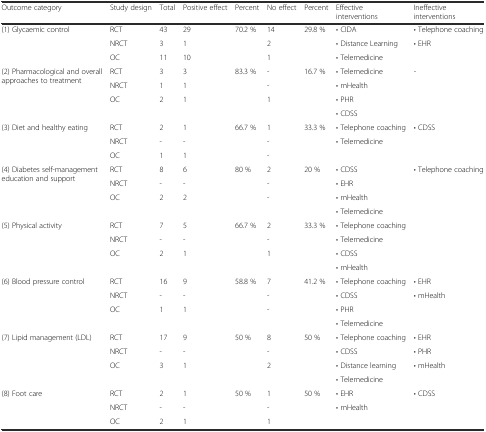
<table><thead><tr><td><b>Outcome category</b></td><td><b>Study design</b></td><td><b>Total</b></td><td><b>Positive effect</b></td><td><b>Percent</b></td><td><b>No effect</b></td><td><b>Percent</b></td><td><b>Effective interventions</b></td><td><b>Ineffective interventions</b></td></tr></thead><tbody><tr><td rowspan="3">(1) Glycaemic control</td><td>RCT</td><td>43</td><td>29</td><td>70.2 %</td><td>14</td><td>29.8 %</td><td>• CIDA</td><td>• Telephone coaching</td></tr><tr><td>NRCT</td><td>3</td><td>1</td><td></td><td>2</td><td></td><td>• Distance Learning</td><td rowspan="2">• EHR</td></tr><tr><td>OC</td><td>11</td><td>10</td><td></td><td>1</td><td></td><td>• Telemedicine</td></tr><tr><td rowspan="4">(2) Pharmacological and overall approaches to treatment</td><td>RCT</td><td>3</td><td>3</td><td>83.3 %</td><td>-</td><td>16.7 %</td><td>• Telemedicine</td><td rowspan="4">-</td></tr><tr><td>NRCT</td><td>1</td><td>1</td><td></td><td>-</td><td></td><td>• mHealth</td></tr><tr><td rowspan="2">OC</td><td rowspan="2">2</td><td rowspan="2">1</td><td rowspan="2"></td><td rowspan="2">1</td><td rowspan="2"></td><td>• PHR</td></tr><tr><td>• CDSS</td></tr><tr><td rowspan="3">(3) Diet and healthy eating</td><td>RCT</td><td>2</td><td>1</td><td>66.7 %</td><td>1</td><td>33.3 %</td><td>• Telephone coaching</td><td rowspan="3">• CDSS</td></tr><tr><td>NRCT</td><td>-</td><td>-</td><td></td><td>-</td><td rowspan="2"></td><td rowspan="2">• Telemedicine</td></tr><tr><td>OC</td><td>1</td><td>1</td><td></td><td>-</td></tr><tr><td rowspan="4">(4) Diabetes self-management education and support</td><td>RCT</td><td>8</td><td>6</td><td>80 %</td><td>2</td><td>20 %</td><td>• CDSS</td><td rowspan="4">• Telephone coaching</td></tr><tr><td>NRCT</td><td>-</td><td>-</td><td></td><td>-</td><td></td><td>• EHR</td></tr><tr><td rowspan="2">OC</td><td rowspan="2">2</td><td rowspan="2">2</td><td rowspan="2"></td><td rowspan="2">-</td><td rowspan="2"></td><td>• mHealth</td></tr><tr><td>• Telemedicine</td></tr><tr><td rowspan="4">(5) Physical activity</td><td>RCT</td><td>7</td><td>5</td><td>66.7 %</td><td>2</td><td>33.3 %</td><td>• Telephone coaching</td><td rowspan="4"></td></tr><tr><td>NRCT</td><td>-</td><td>-</td><td></td><td>-</td><td></td><td>• Telemedicine</td></tr><tr><td rowspan="2">OC</td><td rowspan="2">2</td><td rowspan="2">1</td><td rowspan="2"></td><td rowspan="2">1</td><td rowspan="2"></td><td>• CDSS</td></tr><tr><td>• mHealth</td></tr><tr><td rowspan="4">(6) Blood pressure control</td><td>RCT</td><td>16</td><td>9</td><td>58.8 %</td><td>7</td><td>41.2 %</td><td>• Telephone coaching</td><td>• EHR</td></tr><tr><td>NRCT</td><td>-</td><td>-</td><td></td><td>-</td><td></td><td>• CDSS</td><td rowspan="3">• mHealth</td></tr><tr><td rowspan="2">OC</td><td rowspan="2">1</td><td rowspan="2">1</td><td rowspan="2"></td><td rowspan="2">-</td><td rowspan="2"></td><td>• PHR</td></tr><tr><td>• Telemedicine</td></tr><tr><td rowspan="4">(7) Lipid management (LDL)</td><td>RCT</td><td>17</td><td>9</td><td>50 %</td><td>8</td><td>50 %</td><td>• Telephone coaching</td><td>• EHR</td></tr><tr><td>NRCT</td><td>-</td><td>-</td><td></td><td>-</td><td></td><td>• CDSS</td><td>• PHR</td></tr><tr><td rowspan="2">OC</td><td rowspan="2">3</td><td rowspan="2">1</td><td rowspan="2"></td><td rowspan="2">2</td><td rowspan="2"></td><td>• Distance learning</td><td rowspan="2">• mHealth</td></tr><tr><td>• Telemedicine</td></tr><tr><td rowspan="3">(8) Foot care</td><td>RCT</td><td>2</td><td>1</td><td>50 %</td><td>1</td><td>50 %</td><td>• EHR</td><td rowspan="3">• CDSS</td></tr><tr><td>NRCT</td><td>-</td><td>-</td><td></td><td>-</td><td></td><td rowspan="2">• mHealth</td></tr><tr><td>OC</td><td>2</td><td>1</td><td></td><td>1</td><td></td></tr></tbody></table>